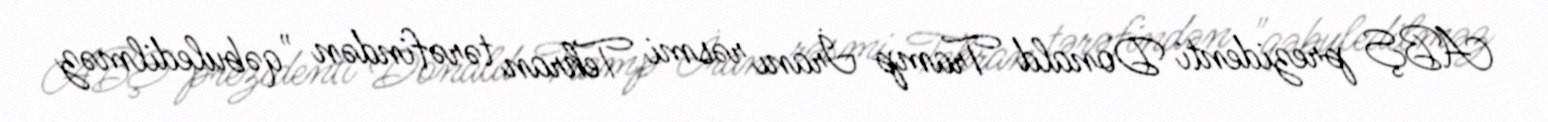
ABŞ prezidenti Donald Tramp İranı rəsmi Tehran tərəfindən "qəbuledilməz